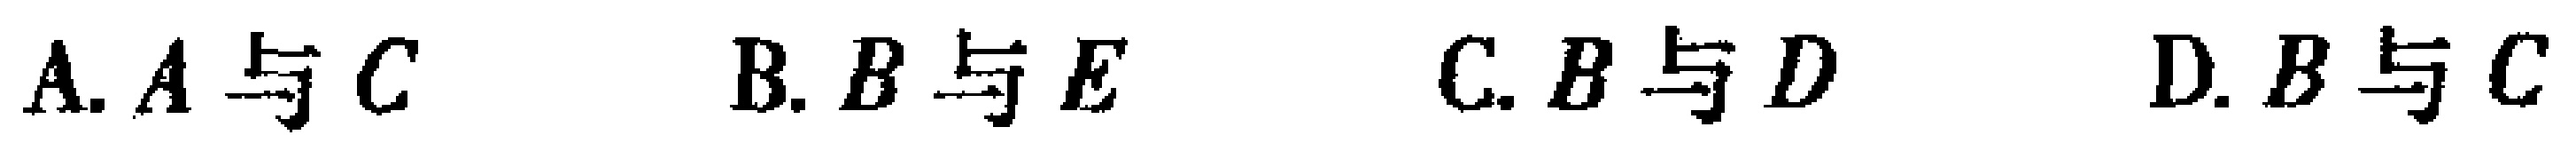
A. \(A\)与\(C\)  B. \(B\)与\(E\)  C. \(B\)与\(D\)  D. \(B\)与\(C\)